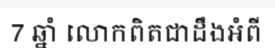
7 ឆ្នាំ លោកពិតជាដឹងអំពី